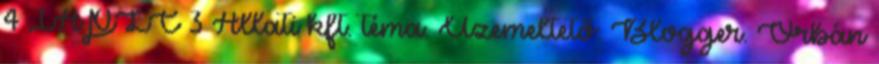
4 IAPLC 3 Állati kft. téma. Üzemeltető: Blogger. Orbán